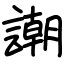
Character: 謿